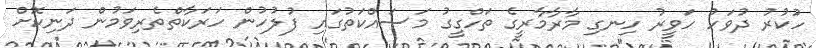
ހުކުރު ދުވަހު ހަވީރު ހިނގި މާރާމާރީގެ ތަހްގީގު މަސައްކަތުގައި ފުލުހުން ހަރަކާތްތެރިވަމުން ދަނިކޮށް